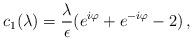
LaTeX: \begin{align*}c_1(\lambda)={\lambda\over\epsilon}(e^{i\varphi}+e^{-i\varphi}-2)\,,\end{align*}